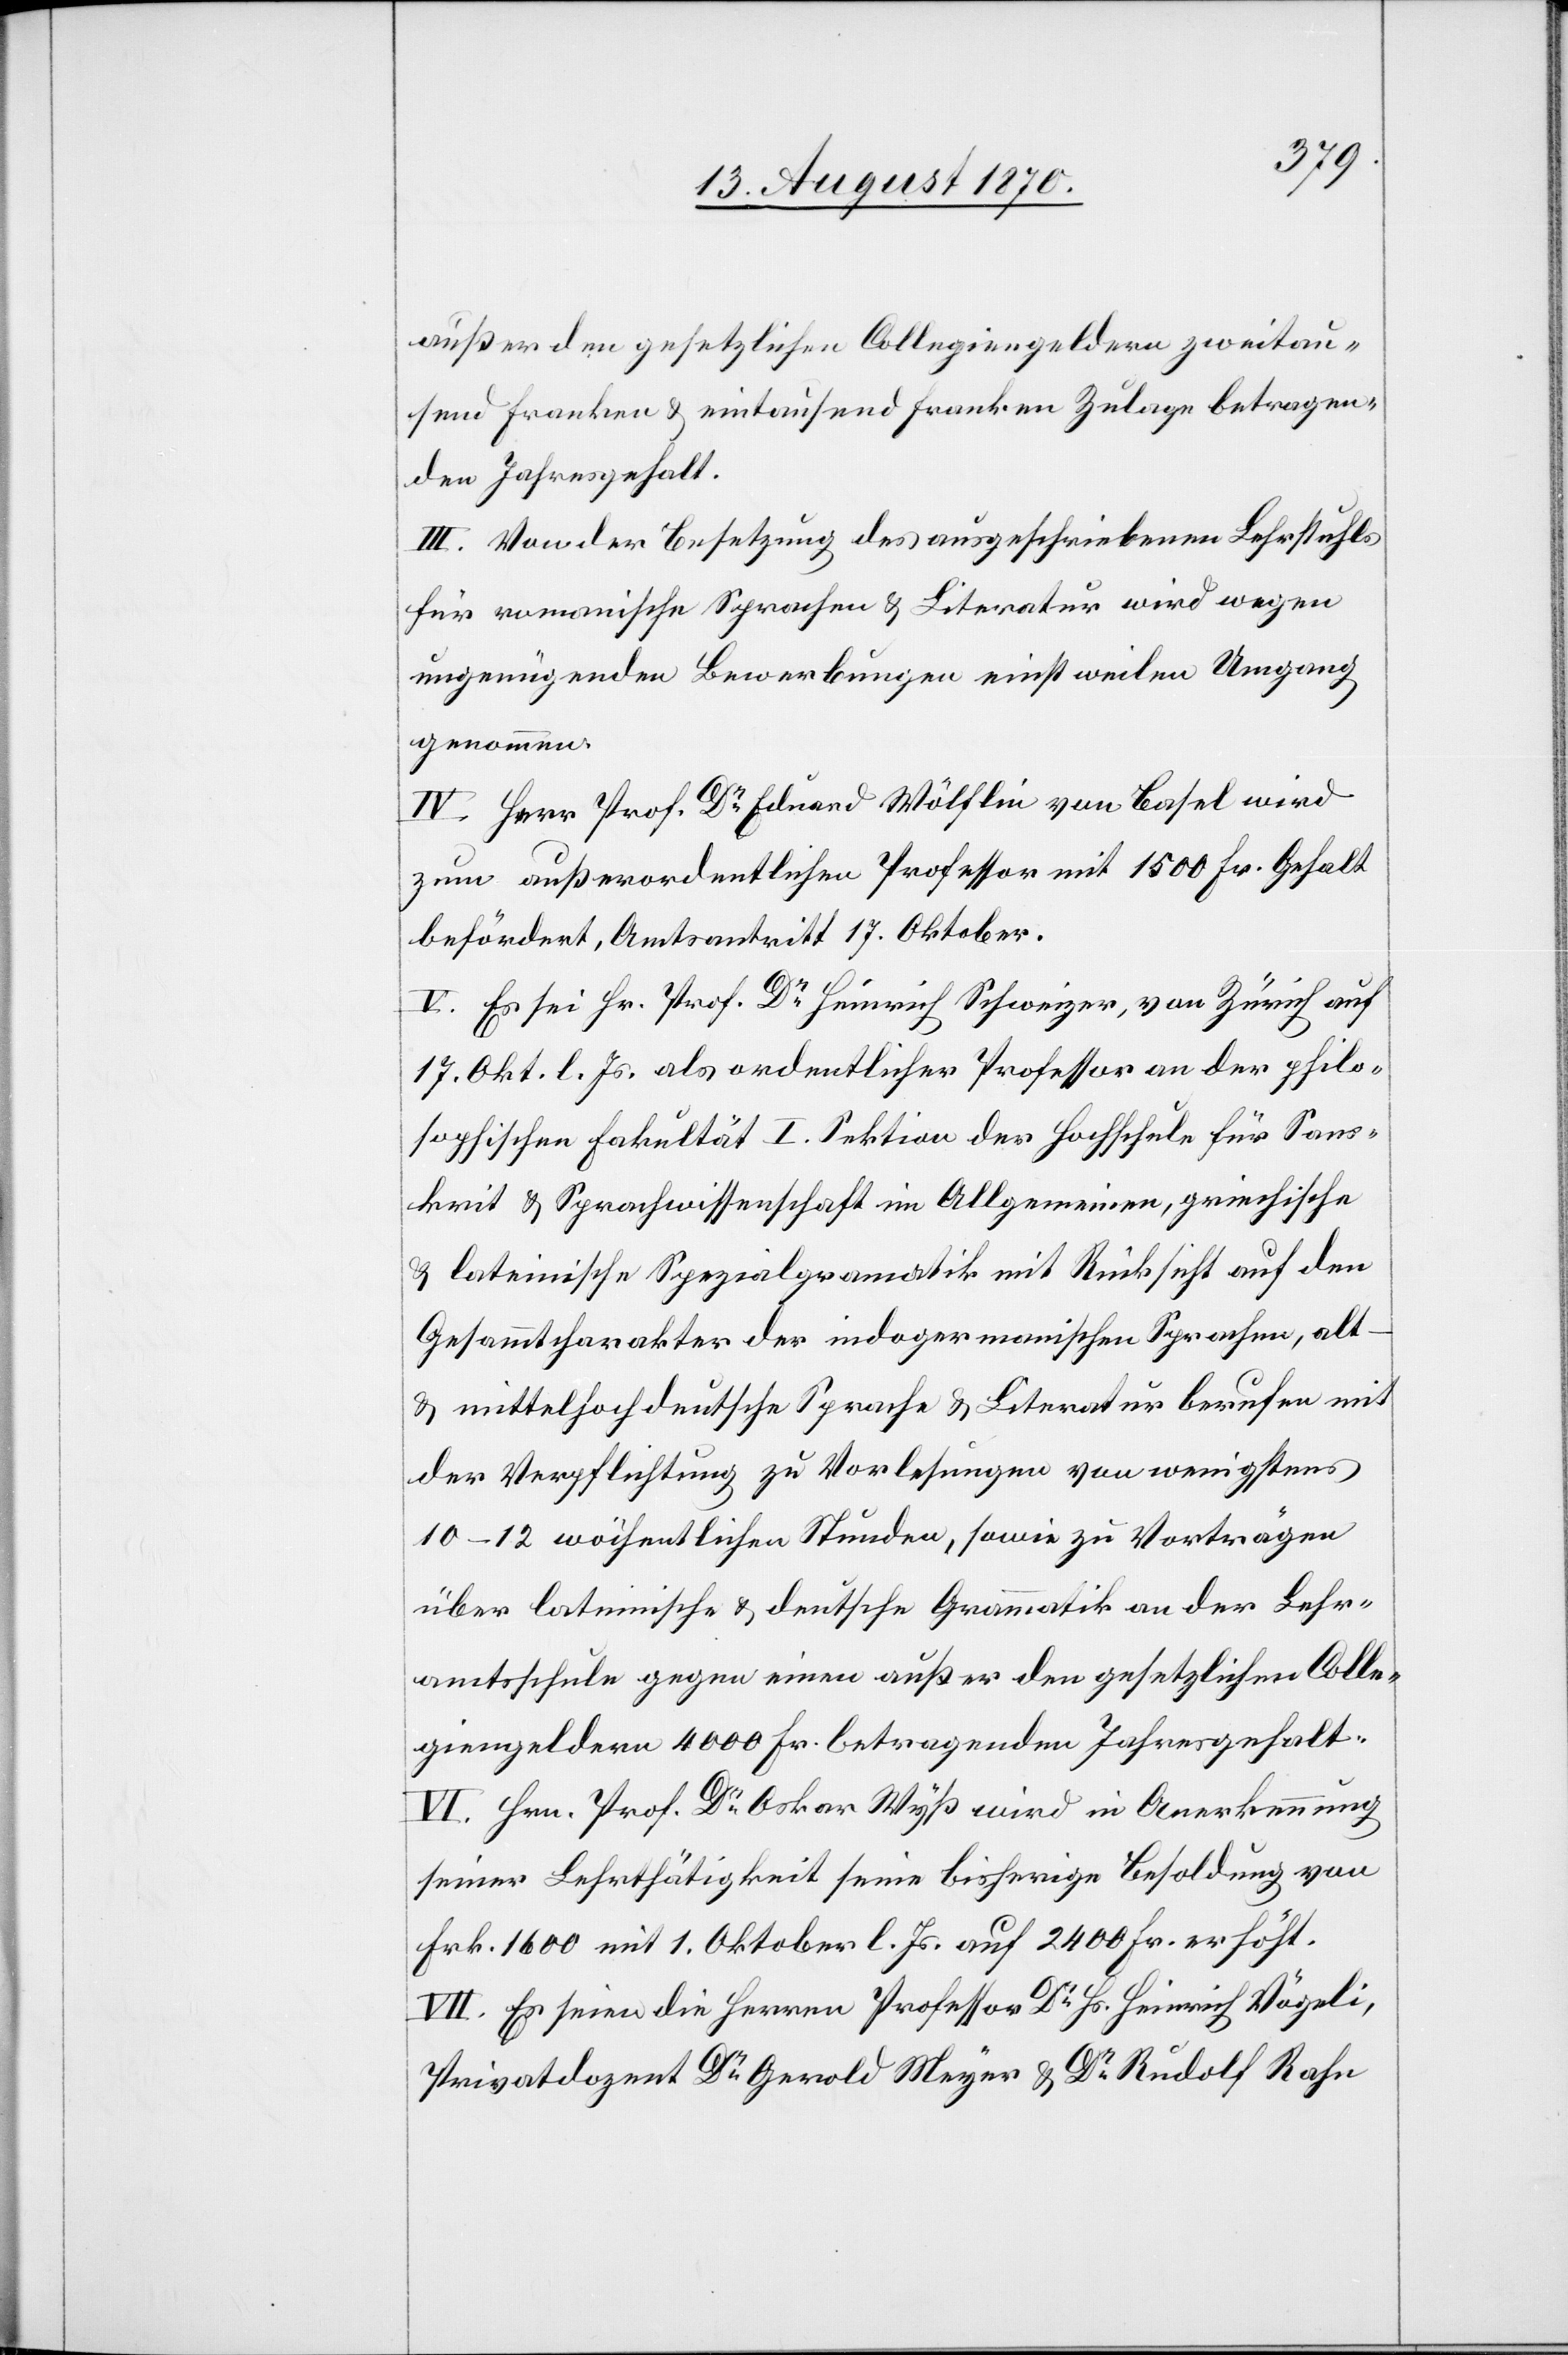
außer den gesetzlichen Collegiengeldern zweitau¬
send Franken & eintausend Franken Zulage betragen¬
den Jahresgehalt.
III. Von der Besetzung des ausgeschriebenen Lehrstuhls
für romanische Sprachen & Literatur wird wegen
ungenügenden Bewerbungen einstweilen Umgang
genommen.
IV. Herr Prof Dr Eduard Wölflin von Basel wird
zum außerordentlichen Professor mit 1500 Fr. Gehalt
befördert, Amtsantritt 17. Oktober.
V. Es sei Hr. Prof. Dr Heinrich Schweizer, von Zürich auf
17. Okt. l. Js. als ordentlicher Professor an der philo¬
sophischen Fakultät I. Sektion der Hochschule für Sans¬
krit & Sprachwissenschaft im Allgemeinen, griechische
& lateinische Spezialgram[m]atik mit Rücksicht auf den
Gesammtcharakter der indogermanischen Sprachen, alt-
& mittelhochdeutsche Sprache & Literatur berufen mit
der Verpflichtung zu Vorlesungen von wenigstens
10–12 wöchentlichen Stunden, sowie zu Vorträgen
über lateinische & deutsche Grammatik an der Lehr¬
amtsschule gegen einen außer den gesetzlichen Colle¬
giengeldern 4000 Fr. betragenden Jahresgehalt.
VI. Hrn. Prof. Dr Oskar Wyß wird in Anerkennung
seiner Lehrthätigkeit seine bisherige Besoldung von
Fr. 1600 mit 1. Oktober l. Js. auf 2400 Fr. erhöht.
VII. Es seien die Herren Professor Dr Hs. Heinrich Vögeli,
Privatdozent Dr Gerold Meyer & Dr Rudolf Rahn